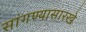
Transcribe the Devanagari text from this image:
सांगण्यासारखे